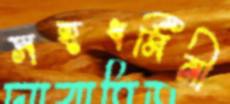
সহধর্মিনী